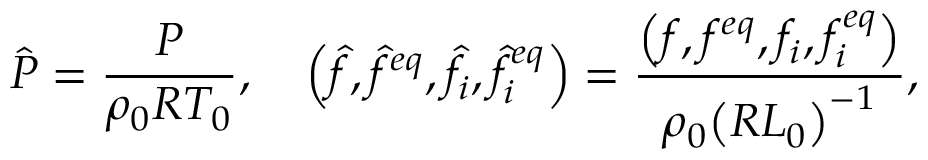
\hat { P } = \frac { P } { { { \rho _ { 0 } } { R } T _ { 0 } } } , \quad \left( { \hat { f } , { { \hat { f } } ^ { e q } } , { { \hat { f } } _ { i } } , \hat { f } _ { i } ^ { e q } } \right) = \frac { { \left( { f , { f ^ { e q } } , { f _ { i } } , f _ { i } ^ { e q } } \right) } } { { { \rho _ { 0 } } { { \left( { R { L _ { 0 } } } \right) } ^ { - 1 } } } } ,